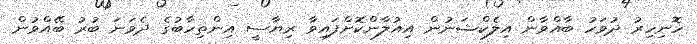
ހޮނިހިރު ދުވަހު ބާއްވާން އިލެކްޝަނުން އިއުލާންކޮށްފައިވާ ރިޔާސީ އިންތިހާބުގެ ދެވަނަ ބުރު ބޭއްވުން